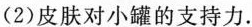
(2)皮肤对小罐的支持力。